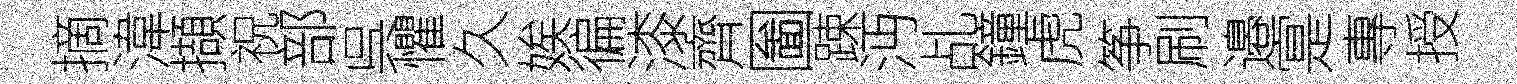
摘湋擷祝部呉懼久娭徧漆齊圗踈沔乩鐘虎筝刷邉寔專授